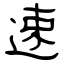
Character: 速